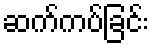
ဆက်ကပ်ခြင်း